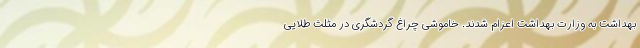
بهداشت به وزارت بهداشت اعزام شدند. خاموشی چراغ گردشگری در مثلث طلایی